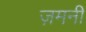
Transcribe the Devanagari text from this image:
ज़मनी